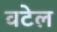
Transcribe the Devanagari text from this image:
वटेल